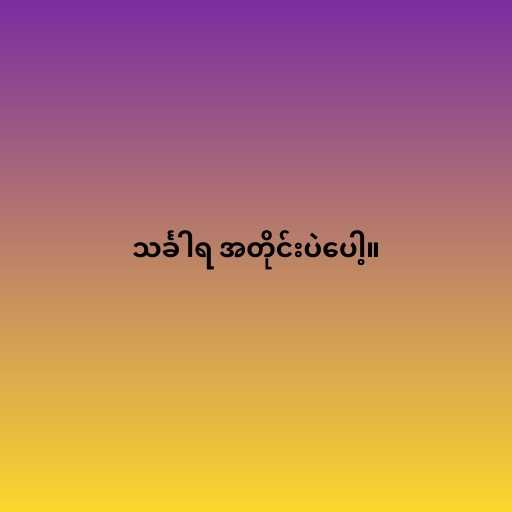
သင်္ခါရ အတိုင်းပဲပေါ့။